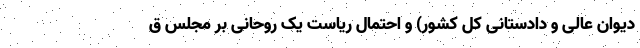
دیوان عالی و دادستانی کل کشور) و احتمال ریاست یک روحانی بر مجلس ق